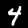
Digit: 4